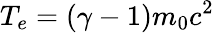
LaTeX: T_{e}=\left(\gamma-1\right)m_{0}c^{2}